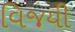
વિજયી